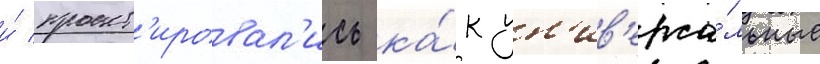
и́ проект'ировал'ись ка́к ун'ив'ерса́льные